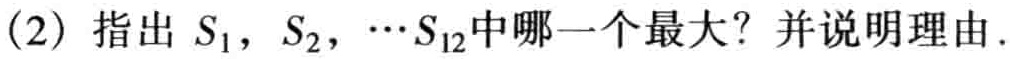
(2) 指出 \(S_{1},S_{2},\cdots S_{12}\) 中哪一个最大？并说明理由.